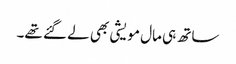
ساتھ ہی مال مویشی بھی لے گئے تھے۔